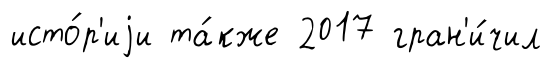
исто́р'иjи та́кже 2017 гран'и́чил